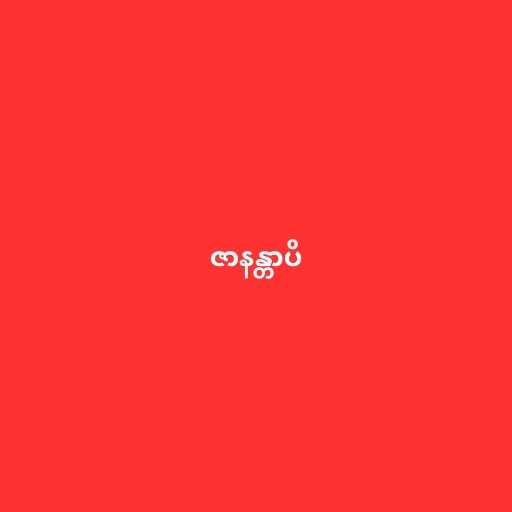
ဇာနန္တာပိ